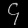
Digit: ၄